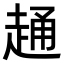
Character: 𧻹